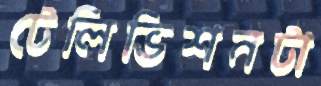
টেলিভিশনটা